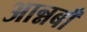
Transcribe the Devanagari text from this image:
आन्नबाँ